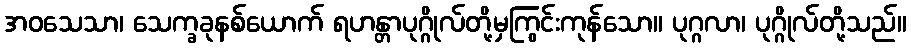
အဝသေသာ၊ သေက္ခခုနစ်ယောက် ရဟန္တာပုဂ္ဂိုလ်တို့မှကြွင်းကုန်သော။ ပုဂ္ဂလာ၊ ပုဂ္ဂိုလ်တို့သည်။